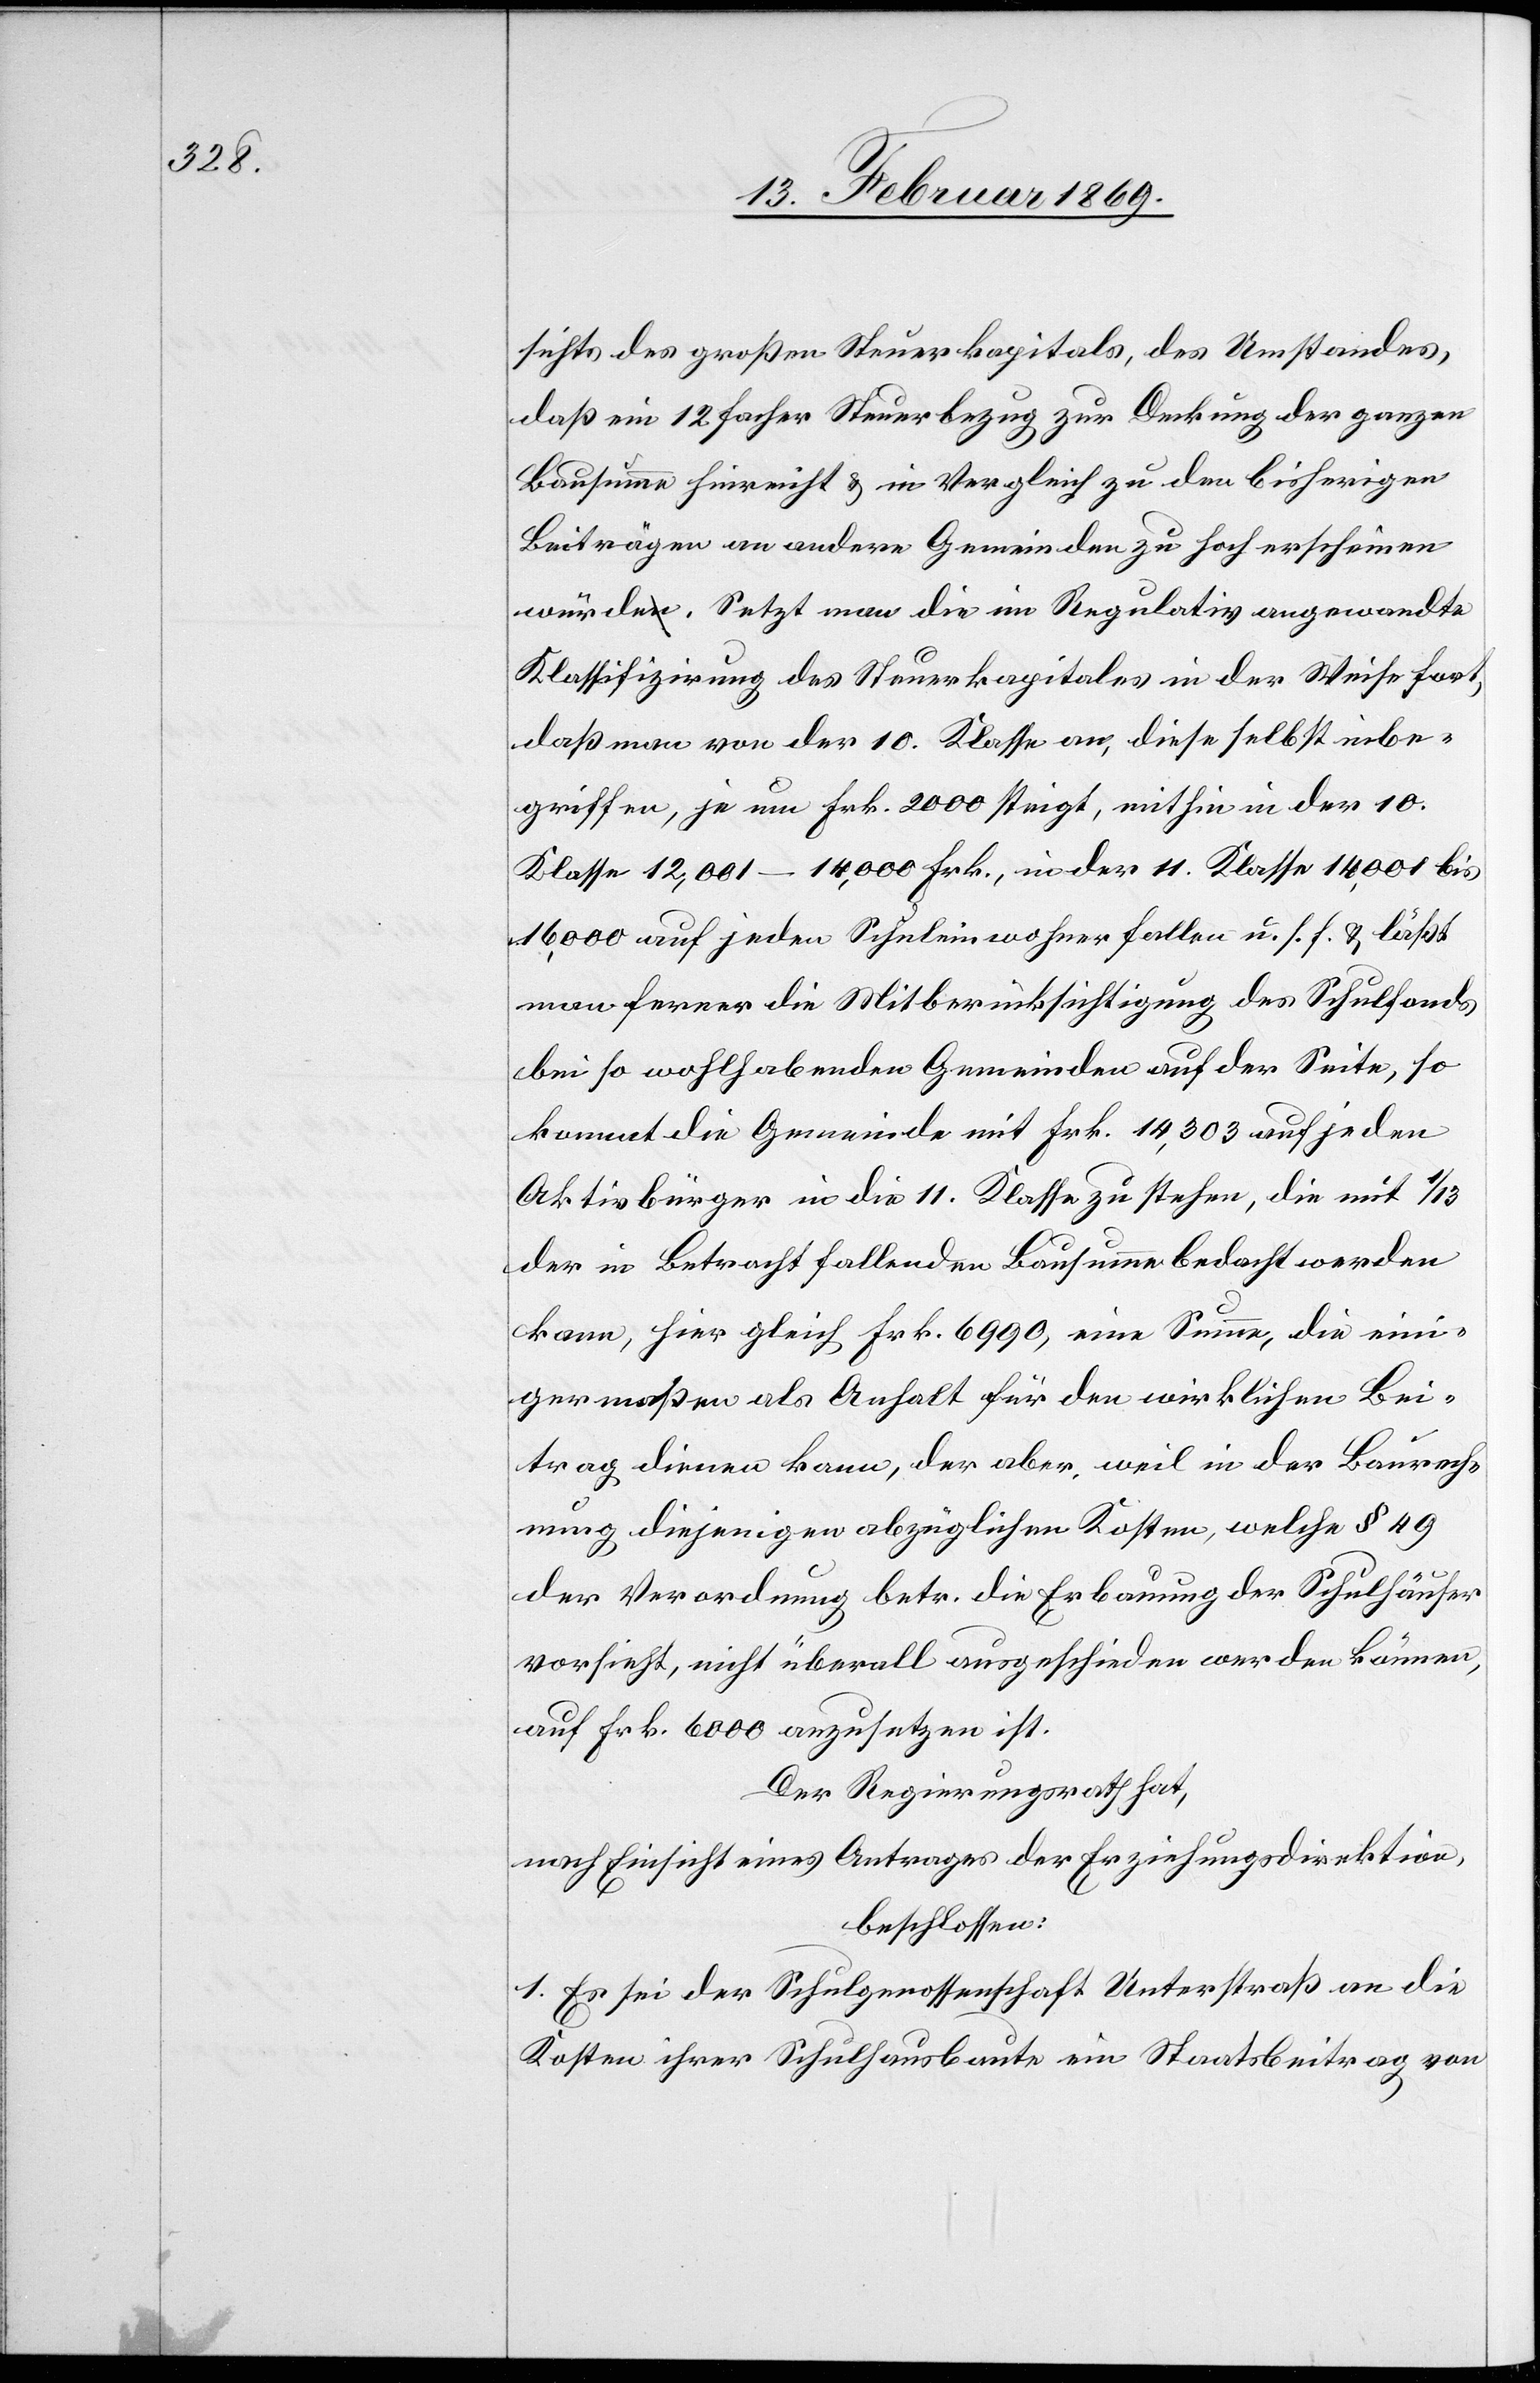
sichts des großen Steuerkapitals, des Umstandes,
das ein 12facher Steuerbetrag zur Deckung der ganzen
Bausumme hinreicht u. im Vergleich zu den bisherigen
Beiträgen an andere Gemeinden zu hoch erscheinen
würde. Setzt man die im Regulativ angewandte
Klassifizirung des Steuerkapitals in der Weise fort,
daß man von der 10. Klasse an, diese selbst inbe¬
griffen, je um Frk. 2000 steigt, mithin in der 10.
Klasse 12,001–14,000 Frk., in der 11. Klasse 14,001 bis
16,000 auf jeden Schuleinwohner fallen u. s. f. u. läßt
man ferner die Mitberücksichtigung des Schulfonds
bei so wohlhabenden Gemeinden auf der Seite, so
kommt die Gemeinde mit Frk. 14,303 auf jeden
Aktivbürger in die 11. Klasse zu stehen, die mit 1/13
der in Betracht fallenden Bausumme bedacht werden
kann, hier gleich Frk 6990, eine Summe, die ein¬
igermaßen als Anhalt für den wirklichen Bei¬
trag dienen kann, der aber, weil in der Baurech¬
nung diejenigen abzüglichen Kosten, welche § 49
der Verordnung betr. die Erbauung der Schulhäuser
vorsieht, nicht überall ausgeschieden werden können,
auf Frk. 6000 anzusetzen ist.
Der Regierungsrath hat,
nach Einsicht eines Antrages der Erziehungsdirektion,
beschlossen:
1. Es sei der Schulgenossenschaft Unterstraß an die
Kosten ihrer Schulhausbaute ein Staatsbeitrag von